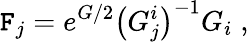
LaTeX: \mathtt{F}_{j}=e^{G/2}\left(G_{j}^{i}\right)^{-1}G_{i}\; ,